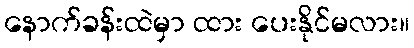
နောက်ခန်းထဲမှာ ထား ပေးနိုင်မလား။